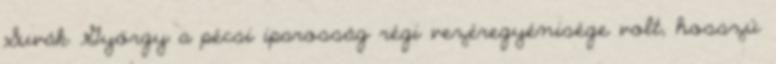
Suvák György a pécsi iparosság régi vezéregyénisége volt, hosszú